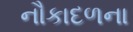
નૌકાદળના